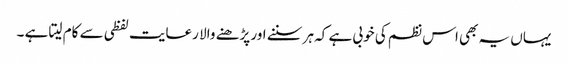
یہاں یہ بھی اس نظم کی خوبی ہے کہ ہر سننے اور پڑھنے والا رعایت لفظی سے کام لیتا ہے ۔